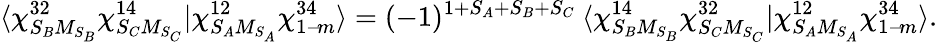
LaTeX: \langle\chi_{S_{B}M_{S_{B}}}^{32}\chi_{S_{C}M_{S_{C}}}^{14}|\chi_{S_{A}M_{S_{A}}}^{12}\chi_{1-\! m}^{34}\rangle=(-1)^{1+S_{A}+S_{B}+S_{C}}\: \langle\chi_{S_{B}M_{S_{B}}}^{14}\chi_{S_{C}M_{S_{C}}}^{32}|\chi_{S_{A}M_{S_{A}}}^{12}\chi_{1-\! m}^{34}\rangle.